Report of the Indian Hemp Drugs Commission, 1894-1895 - Volume I
Year: 1894
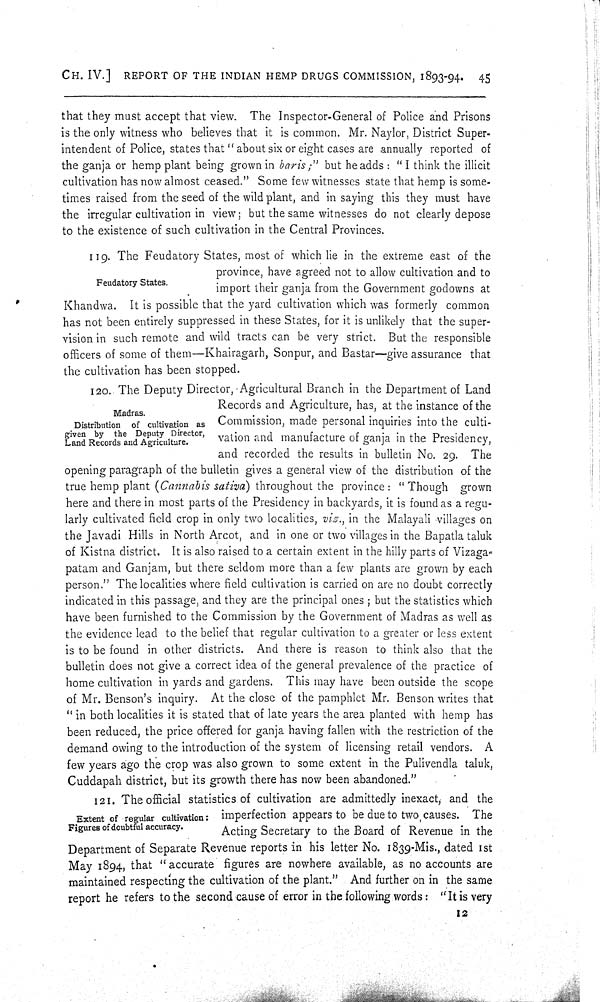
CH. IV.] REPORT OF THE INDIAN HEMP DRUGS COMMISSION, 1893-94. 45
that they must accept that view. The Inspector-General of Police and Prisons
is the only witness who believes that it is common. Mr. Naylor, District Super-
intendent of Police, states that "about six or eight cases are annually reported of
the ganja or hemp plant being grown in baris;" but he adds: "I think the illicit
cultivation has now almost ceased." Some few witnesses state that hemp is some-
times raised from the seed of the wild plant, and in saying this they must have
the irregular cultivation in view; but the same witnesses do not clearly depose
to the existence of such cultivation in the Central Provinces.
Feudatory States.
119. The Feudatory States, most of which lie in the extreme east of the
province, have agreed not to allow cultivation and to
import their ganja from the Government godowns at
Khandwa. It is possible that the yard cultivation which was formerly common
has not been entirely suppressed in these States, for it is unlikely that the super-
vision in such remote and wild tracts can be very strict. But the responsible
officers of some of them—Khairagarh, Sonpur, and Bastar—give assurance that
the cultivation has been stopped.
Madras.
Distribution of cultivation as
given by the Deputy Director,
Land Records and Agriculture.
120. The Deputy Director, Agricultural Branch in the Department of Land
Records and Agriculture, has, at the instance of the
Commission, made personal inquiries into the culti-
vation and manufacture of ganja in the Presidency,
and recorded the results in bulletin No. 29. The
opening paragraph of the bulletin gives a general view of the distribution of the
true hemp plant (Cannabis sativa) throughout the province: "Though grown
here and there in most parts of the Presidency in backyards, it is found as a regu-
larly cultivated field crop in only two localities, viz., in the Malayali villages on
the Javadi Hills in North Arcot, and in one or two villages in the Bapatla taluk
of Kistna district. It is also raised to a certain extent in the hilly parts of Vizaga-
patam and Ganjam, but there seldom more than a few plants are grown by each
person." The localities where field cultivation is carried on are no doubt correctly
indicated in this passage, and they are the principal ones; but the statistics which
have been furnished to the Commission by the Government of Madras as well as
the evidence lead to the belief that regular cultivation to a greater or less extent
is to be found in other districts. And there is reason to think also that the
bulletin does not give a correct idea of the general prevalence of the practice of
home cultivation in yards and gardens. This may have been outside the scope
of Mr. Benson's inquiry. At the close of the pamphlet Mr. Benson writes that
"in both localities it is stated that of late years the area planted with hemp has
been reduced, the price offered for ganja having fallen with the restriction of the
demand owing to the introduction of the system of licensing retail vendors. A
few years ago the crop was also grown to some extent in the Pulivendla taluk,
Cuddapah district, but its growth there has now been abandoned."
Extent of regular cultivation:
Figures of doubtful accuracy.
121. The official statistics of cultivation are admittedly inexact, and the
imperfection appears to be due to two causes. The
Acting Secretary to the Board of Revenue in the
Department of Separate Revenue reports in his letter No. 1839-Mis., dated 1st
May 1894, that "accurate figures are nowhere available, as no accounts are
maintained respecting the cultivation of the plant." And further on in the same
report he refers to the second cause of error in the following words: "It is very
12